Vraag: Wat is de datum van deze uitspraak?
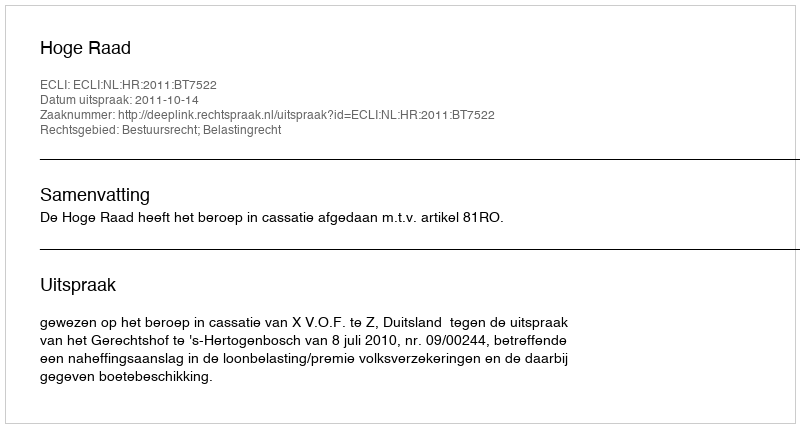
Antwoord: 2011-10-14